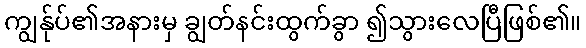
ကျွန်ုပ်၏အနားမှ ချွတ်နင်းထွက်ခွာ ၍သွားလေပြီဖြစ်၏။